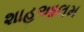
શાહઆલમ